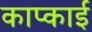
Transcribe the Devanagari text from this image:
काप्काई